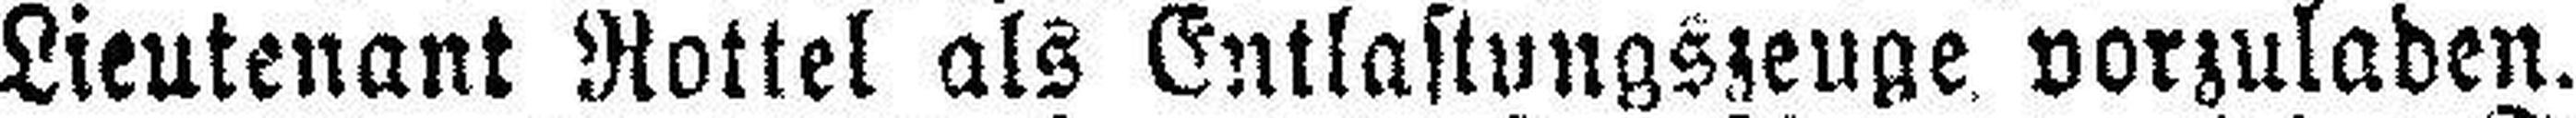
Lieutenant Rottel als Entlastungszeuge vorzuladen.